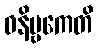
ဝနိဗ္ဗကေတိ